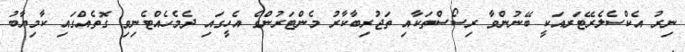
ނިރު އެކްސެލެރޭޓަރއަކީ ބޭނުންވާ ރިސޯސްތަކާއި ތަޖުރިބާކާރު މެންޓަރުންގެ އެހީގައި ދެމެހެއްޓެނިވި ގޮތެއްގައި ކާމިޔާބު